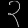
Digit: ၃